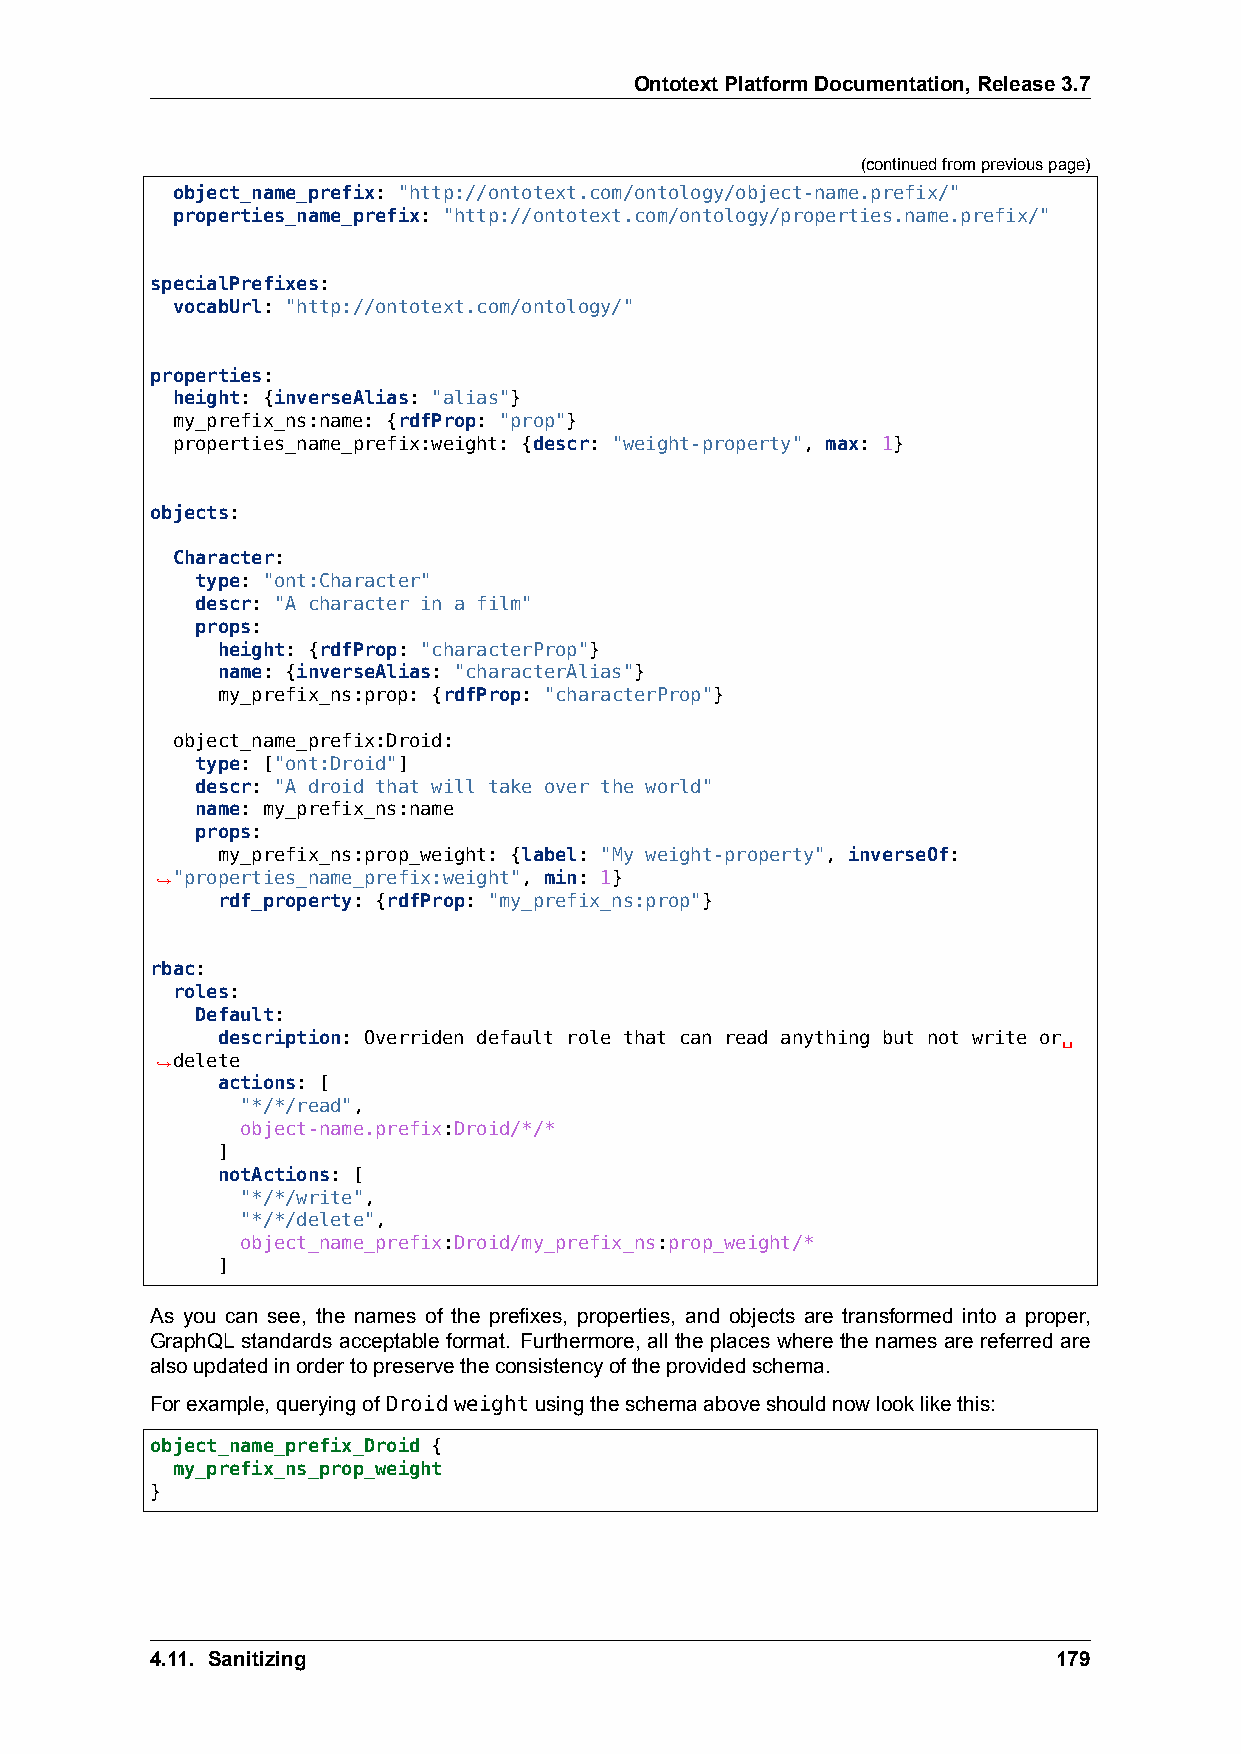
OntotextPlatformDocumentation,Release3.7
 (continuedfrompreviouspage)
 object_name_prefix: "http://ontotext.com/ontology/object-name.prefix/"
 properties_name_prefix: "http://ontotext.com/ontology/properties.name.prefix/"
 specialPrefixes:
 vocabUrl: "http://ontotext.com/ontology/"
 properties:
 height: {inverseAlias: "alias"}
 my_prefix_ns:name: {rdfProp: "prop"}
 properties_name_prefix:weight: {descr: "weight-property", max: 1}
 objects:
 Character:
 type: "ont:Character"
 descr: "A character in a film"
 props:
 height: {rdfProp: "characterProp"}
 name: {inverseAlias: "characterAlias"}
 my_prefix_ns:prop: {rdfProp: "characterProp"}
 object_name_prefix:Droid:
 type: ["ont:Droid"]
 descr: "A droid that will take over the world"
 name: my_prefix_ns:name
 props:
 my_prefix_ns:prop_weight: {label: "My weight-property", inverseOf:
 ,→"properties_name_prefix:weight", min: 1}
 rdf_property: {rdfProp: "my_prefix_ns:prop"}
 rbac:
 roles:
 Default:
 description: Overriden default role that can read anything but not write or␣
 ,→delete
 actions: [
 "*/*/read",
 object-name.prefix:Droid/*/*
 ]
 notActions: [
 "*/*/write",
 "*/*/delete",
 object_name_prefix:Droid/my_prefix_ns:prop_weight/*
 ]
 As you can see, the names of the prefixes, properties, and objects are transformed into a proper,
 GraphQL standards acceptable format. Furthermore, all the places where the names are referred are
 alsoupdatedinordertopreservetheconsistencyoftheprovidedschema.
 Forexample,queryingof Droidweightusingtheschemaaboveshouldnowlooklikethis:
 object_name_prefix_Droid {
 my_prefix_ns_prop_weight
 }
 4.11. Sanitizing                                            179